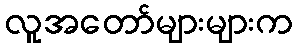
လူအတော်များများက